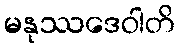
မနုဿဒေဝါတိ